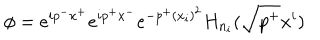
LaTeX: \phi = e ^ { i p ^ { - } x ^ { + } } e ^ { i p ^ { + } x ^ { - } } e ^ { - p ^ { + } ( x _ { i } ) ^ { 2 } } H _ { n _ { i } } ( \sqrt { p ^ { + } } x ^ { i } )